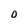
Character: 0